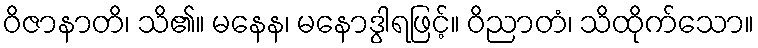
ဝိဇာနာတိ၊ သိ၏။ မနေန၊ မနောဒွါရဖြင့်။ ဝိညာတံ၊ သိထိုက်သော။